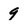
Character: 9